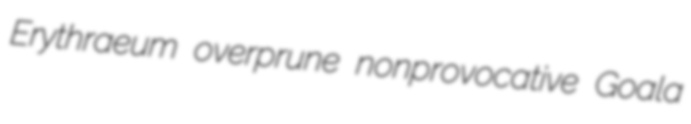
Erythraeum overprune nonprovocative Goala